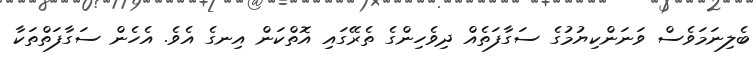
ބެލިނަމަވެސް ވަނަންކިޔުމުގެ ސަގާފަތެއް ދިވެހިންގެ ތެރޭގައި އޮތްކަން އިނގެ އެވެ. އެހެން ސަގާފަތްތަކާ